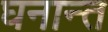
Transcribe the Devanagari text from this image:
घनान्त